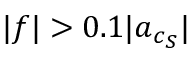
| \boldsymbol { f } | > 0 . 1 | \boldsymbol { a } _ { c _ { S } } |